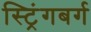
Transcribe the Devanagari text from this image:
स्ट्रिंगबर्ग